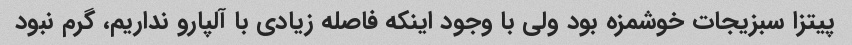
پیتزا سبزیجات خوشمزه بود ولی با وجود اینکه فاصله زیادی با آلپارو نداریم، گرم نبود